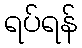
ရပ်ရန်